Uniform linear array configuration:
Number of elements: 64
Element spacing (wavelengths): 0.25
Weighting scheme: hann
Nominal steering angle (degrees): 60
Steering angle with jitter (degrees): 59.002
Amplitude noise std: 0.05
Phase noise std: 0.05

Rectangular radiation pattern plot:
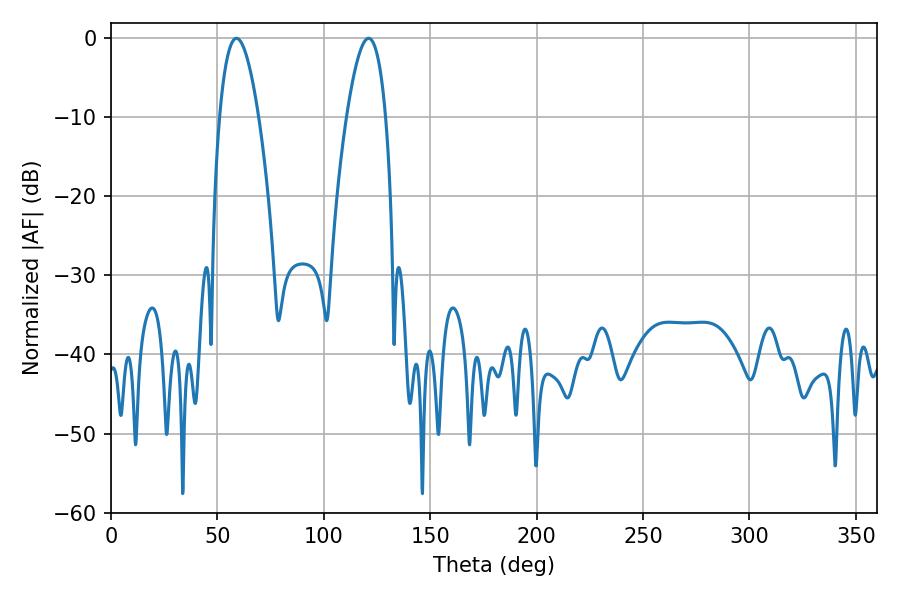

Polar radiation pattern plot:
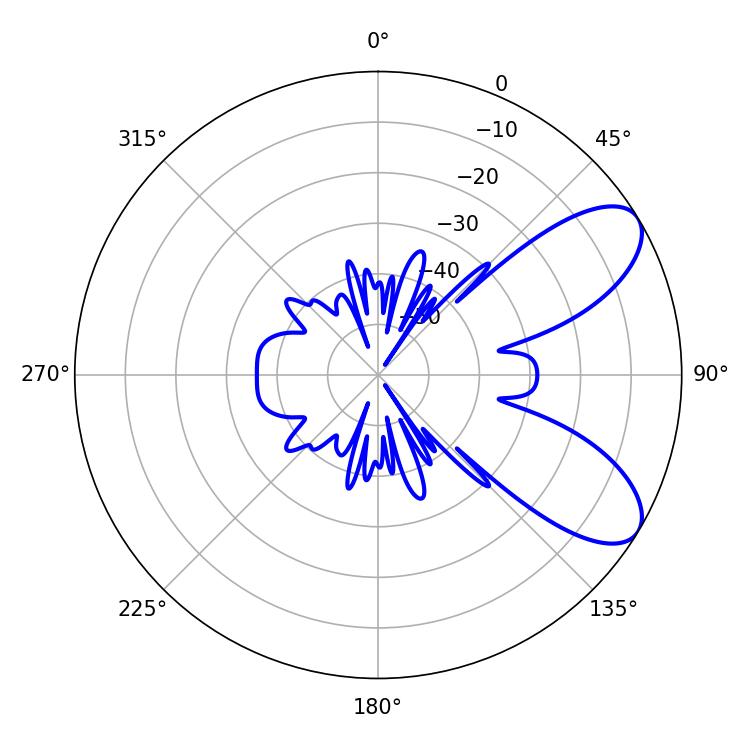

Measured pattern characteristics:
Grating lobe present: FALSE
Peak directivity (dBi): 7.882
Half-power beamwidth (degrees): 10.08
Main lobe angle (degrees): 59.04